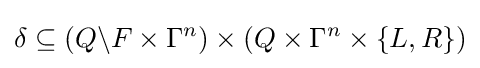
\delta \subseteq \left(Q\backslash F\times \Gamma ^{n}\right)\times \left(Q\times \Gamma ^{n}\times \{L,R\}\right)